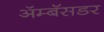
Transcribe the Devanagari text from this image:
ॲम्बॅसडर